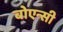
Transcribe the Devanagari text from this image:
बोएन्सी